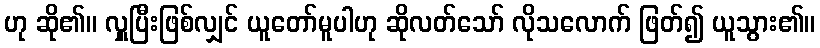
ဟု ဆို၏။ လှူပြီးဖြစ်လျှင် ယူတော်မူပါဟု ဆိုလတ်သော် လိုသလောက် ဖြတ်၍ ယူသွား၏။